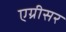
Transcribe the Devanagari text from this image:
एग्रीसर